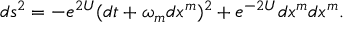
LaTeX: d s ^ { 2 } = - e ^ { 2 U } ( d t + \omega _ { m } d x ^ { m } ) ^ { 2 } + e ^ { - 2 U } d x ^ { m } d x ^ { m } .